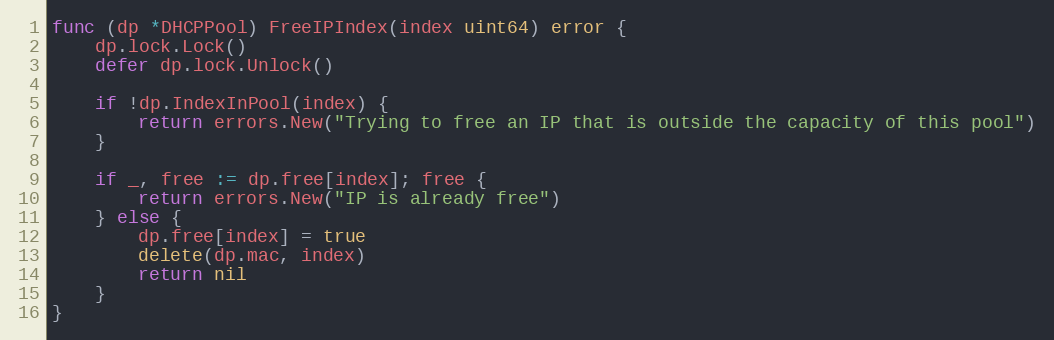
Language: Go
func (dp *DHCPPool) FreeIPIndex(index uint64) error {
	dp.lock.Lock()
	defer dp.lock.Unlock()

	if !dp.IndexInPool(index) {
		return errors.New("Trying to free an IP that is outside the capacity of this pool")
	}

	if _, free := dp.free[index]; free {
		return errors.New("IP is already free")
	} else {
		dp.free[index] = true
		delete(dp.mac, index)
		return nil
	}
}